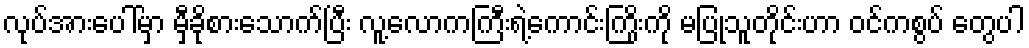
လုပ်အားပေါ်မှာ မှီခိုစားသောက်ပြီး လူ့လောကကြီးရဲ့ကောင်းကြိုးကို မပြုသူတိုင်းဟာ ဝင်ကစွပ် တွေပါ